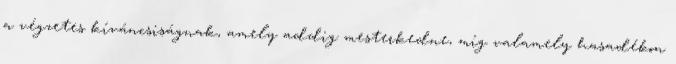
a végzetes kíváncsiságnak, amely addig mesterkedne, míg valamely hasadékon